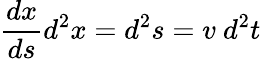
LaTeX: {\frac{dx}{ds}}d^{2}x=d^{2}s=v\ d^{2}t